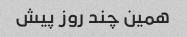
همین چند روز پیش